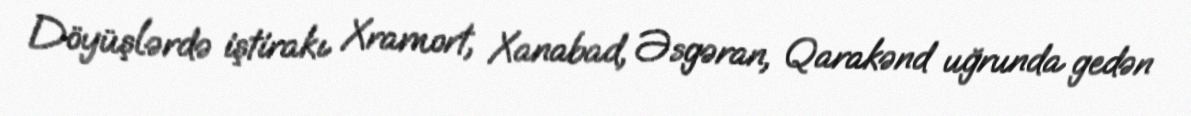
Döyüşlərdə iştirakı Xramort, Xanabad, Əsgəran, Qarakənd uğrunda gedən